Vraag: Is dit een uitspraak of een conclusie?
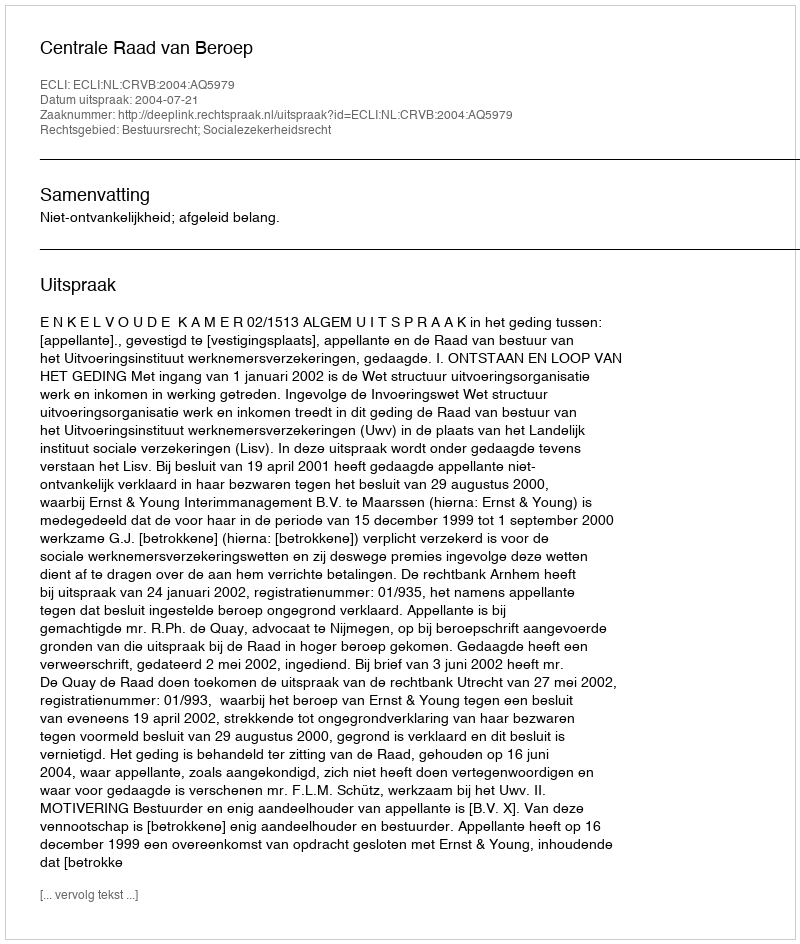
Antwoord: Uitspraak